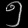
Digit: ၅